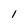
Character: l